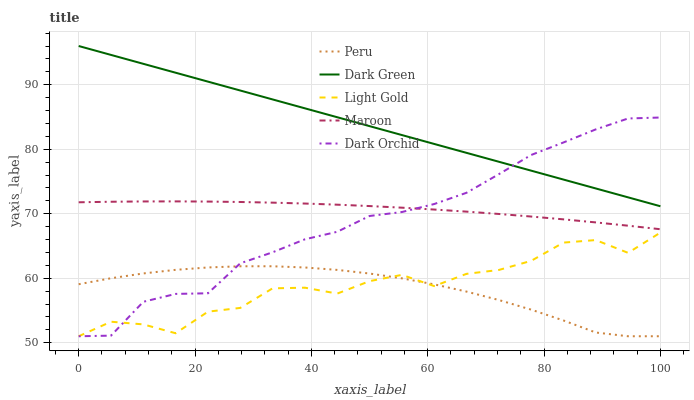
| xaxis_label | Peru | Dark Green | Light Gold | Maroon | Dark Orchid |
 | --- | --- | --- | --- | --- | --- |
 | 0 | 59.1 | 96 | 51 | 71.8 | 51 |
 | 5.56 | 60 | 94.6 | 53.3 | 71.9 | 51.1 |
 | 11.1 | 60.7 | 93.2 | 52.8 | 71.9 | 56.3 |
 | 16.7 | 61.3 | 91.9 | 51.5 | 71.9 | 57.6 |
 | 22.2 | 61.7 | 90.5 | 54.8 | 71.9 | 57.7 |
 | 27.8 | 61.9 | 89.1 | 55.4 | 71.8 | 62.3 |
 | 33.3 | 61.8 | 87.7 | 58.4 | 71.7 | 64 |
 | 38.9 | 61.7 | 86.3 | 58.5 | 71.6 | 66 |
 | 44.4 | 61.3 | 85 | 57.6 | 71.4 | 67.2 |
 | 50 | 60.7 | 83.6 | 59.5 | 71.2 | 69.6 |
 | 55.6 | 60 | 82.2 | 60.5 | 70.9 | 70.3 |
 | 61.1 | 59 | 80.8 | 58.8 | 70.6 | 71.5 |
 | 66.7 | 57.9 | 79.4 | 60.7 | 70.3 | 73.2 |
 | 72.2 | 56.6 | 78.1 | 61.3 | 70 | 76.1 |
 | 77.8 | 55.1 | 76.7 | 62.7 | 69.6 | 79.1 |
 | 83.3 | 53.4 | 75.3 | 65.5 | 69.1 | 81 |
 | 88.9 | 51.6 | 73.9 | 65.9 | 68.7 | 83.1 |
 | 94.4 | 51 | 72.5 | 63.9 | 68.1 | 84.8 |
 | 100 | 51 | 71.2 | 67.1 | 67.6 | 84.9 |